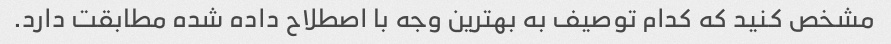
مشخص کنید که کدام توصیف به بهترین وجه با اصطلاح داده شده مطابقت دارد.